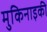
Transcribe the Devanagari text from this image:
मुकिनाइकी